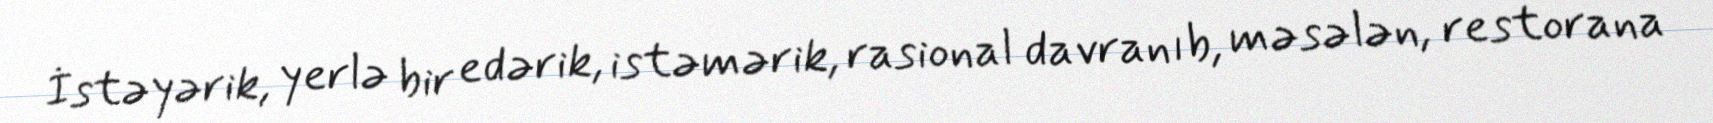
İstəyərik, yerlə bir edərik, istəmərik, rasional davranıb, məsələn, restorana